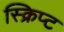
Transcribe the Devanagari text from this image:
स्क्रिप्‍ट